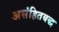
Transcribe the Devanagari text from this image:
असंहितबद्ध